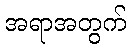
အရာအတွက်